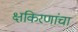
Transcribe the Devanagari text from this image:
क्षकिरणांचा